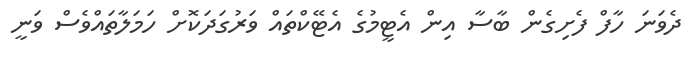
ދެވަނަ ހާފް ފެށިގެން ބާސާ އިން އެޓީމުގެ އެޓޭކްތައް ވަރުގަދަކޮށް ހަމަލާތައްވެސް ވަނީ